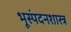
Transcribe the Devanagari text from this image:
भूस्पंदनशास्त्र